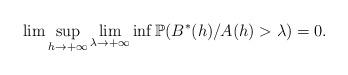
LaTeX: \begin{align*}\lim \sup_{h\rightarrow +\infty }\lim_{\lambda \rightarrow +\infty }\inf \mathbb{P}(B^{\ast }(h)/A(h)>\lambda )=0. \end{align*}